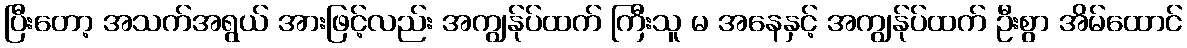
ပြီးတော့ အသက်အရွယ် အားဖြင့်လည်း အကျွန်ုပ်ထက် ကြီးသူ မ အနေနှင့် အကျွန်ုပ်ထက် ဦးစွာ အိမ်ထောင်